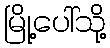
မြို့ပေါ်သို့